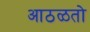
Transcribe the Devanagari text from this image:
आठळतो